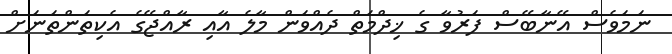
ނަމަވެސް އޭނާބޭސް ފަރުވާ ގެ ޚިދްމަތް ދެއްވަން މާލެ އާއި ރާއްޖޭގެ އެކިތަންތަނަށް